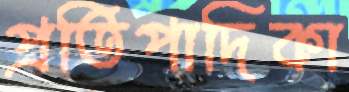
প্রতিপাদিকা